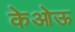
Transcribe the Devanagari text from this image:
केओऊ